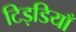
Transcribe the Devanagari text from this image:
टिड़डियाँ